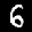
Label: 6